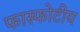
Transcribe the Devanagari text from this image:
फास्फोटीय